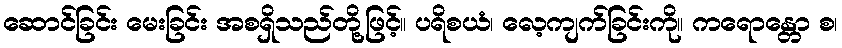
ဆောင်ခြင်း မေးခြင်း အစရှိသည်တို့ဖြင့်။ ပရိစယံ၊ လေ့ကျက်ခြင်းကို။ ကရောန္တော စ၊